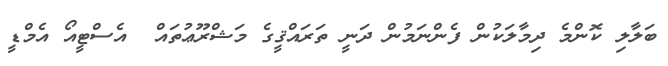
ބަލާލި ކޮންމެ ދިމާލަކުން ފެންނަމުން ދަނީ ތަރައްޤީގެ މަޝްރޫޢުތައް  އެސްޓީއޯ އެމްޑީ